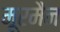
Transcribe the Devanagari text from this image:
मूरमैन